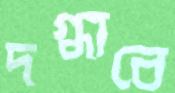
দগ্ধাবে